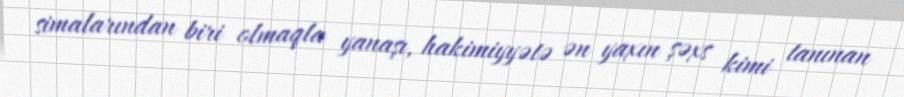
simalarından biri olmaqla yanaşı, hakimiyyətə ən yaxın şəxs kimi tanınan